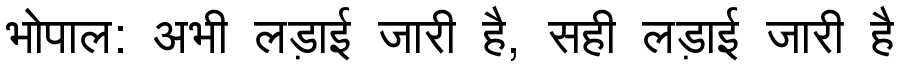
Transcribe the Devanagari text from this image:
भोपाल: अभी लड़ाई जारी है, सही लड़ाई जारी है